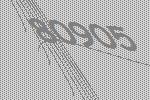
80905